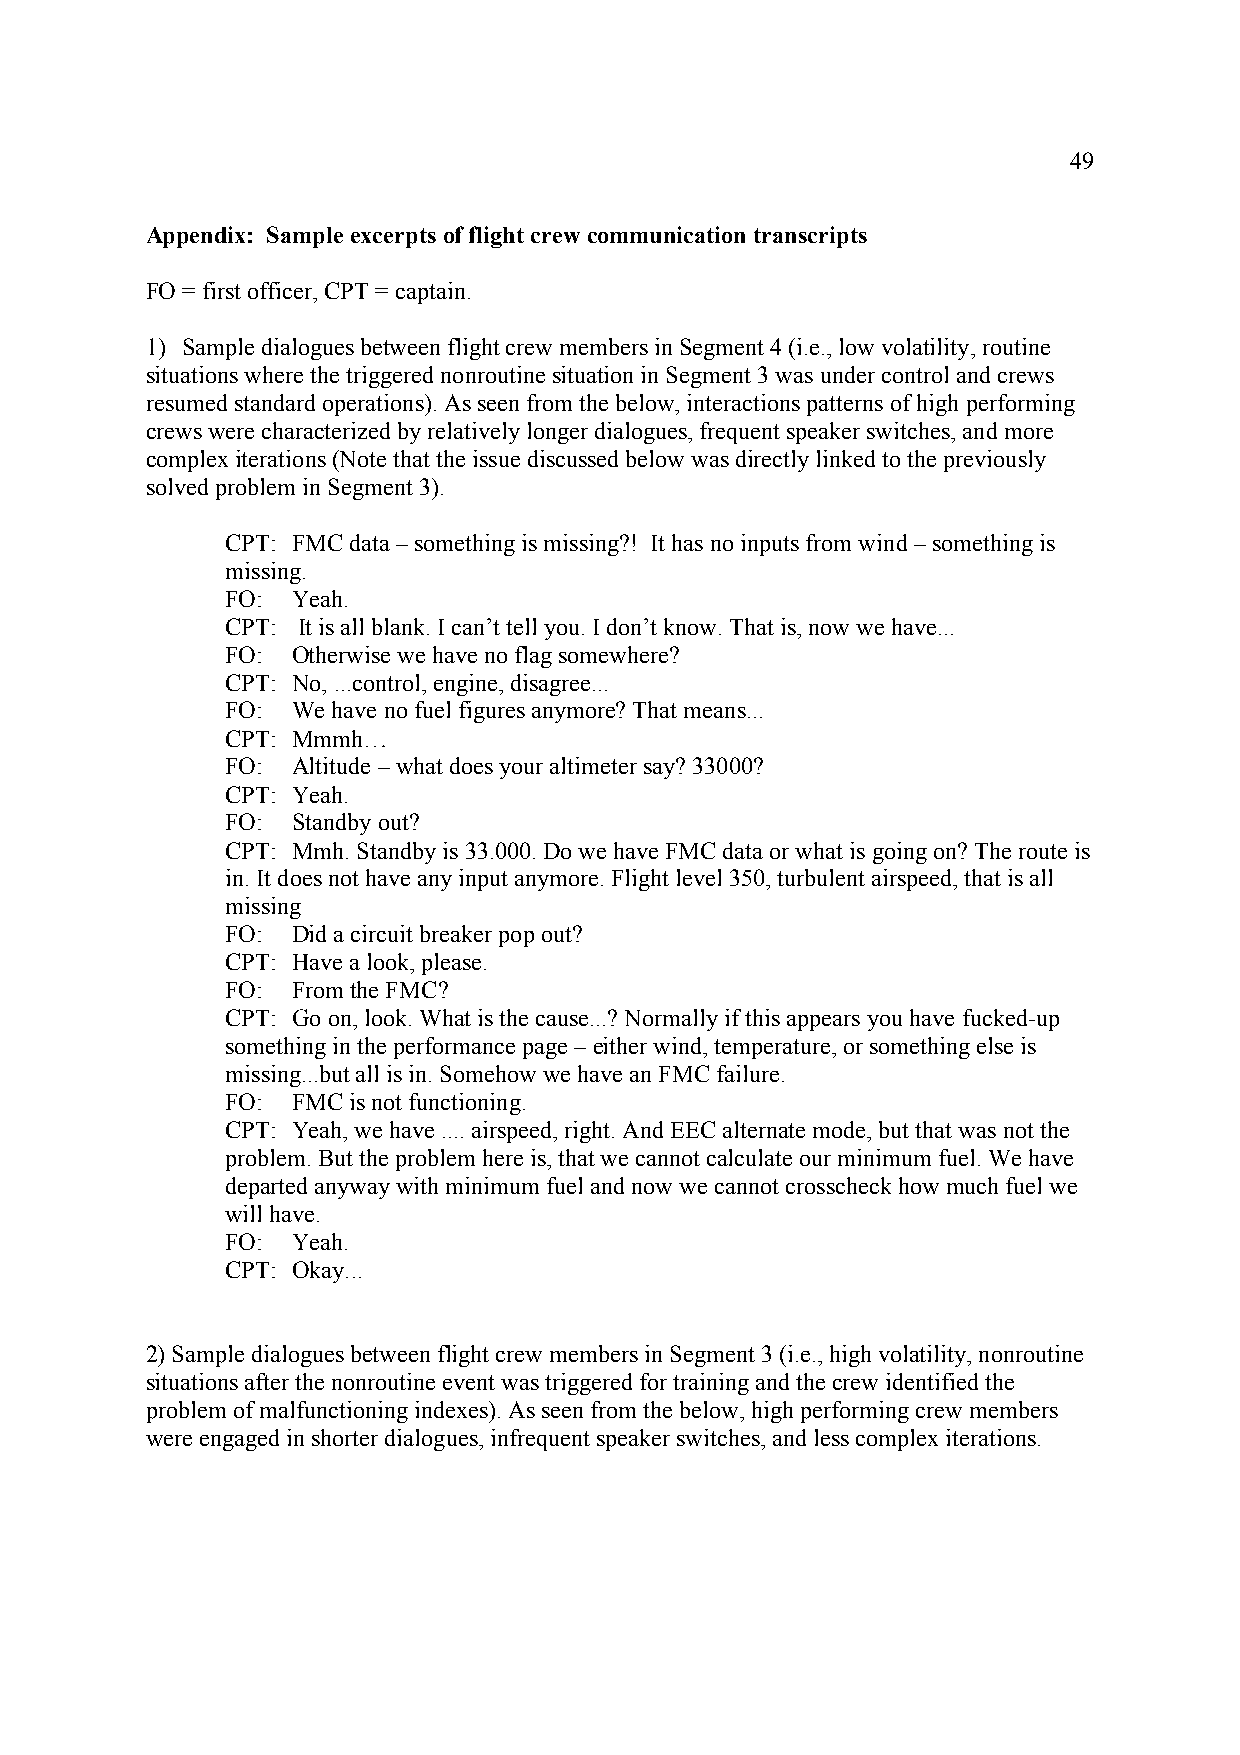
49
 Appendix: Sample excerpts of flight crew communication transcripts
 FO = first officer, CPT = captain.
 1) Sample dialogues between flight crew members in Segment 4 (i.e., low volatility, routine
 situations where the triggered nonroutine situation in Segment 3 was under control and crews
 resumed standard operations). As seen from the below, interactions patterns of high performing
 crews were characterized by relatively longer dialogues, frequent speaker switches, and more
 complex iterations (Note that the issue discussed below was directly linked to the previously
 solved problem in Segment 3).
 CPT: FMC data – something is missing?! It has no inputs from wind – something is
 missing.
 FO: Yeah.
 CPT: It is all blank. I can’t tell you. I don’t know. That is, now we have...
 FO: Otherwise we have no flag somewhere?
 CPT: No, ...control, engine, disagree...
 FO: We have no fuel figures anymore? That means...
 CPT: Mmmh…
 FO: Altitude – what does your altimeter say? 33000?
 CPT: Yeah.
 FO: Standby out?
 CPT: Mmh. Standby is 33.000. Do we have FMC data or what is going on? The route is
 in. It does not have any input anymore. Flight level 350, turbulent airspeed, that is all
 missing
 FO: Did a circuit breaker pop out?
 CPT: Have a look, please.
 FO: From the FMC?
 CPT: Go on, look. What is the cause...? Normally if this appears you have fucked-up
 something in the performance page – either wind, temperature, or something else is
 missing...but all is in. Somehow we have an FMC failure.
 FO: FMC is not functioning.
 CPT: Yeah, we have .... airspeed, right. And EEC alternate mode, but that was not the
 problem. But the problem here is, that we cannot calculate our minimum fuel. We have
 departed anyway with minimum fuel and now we cannot crosscheck how much fuel we
 will have.
 FO: Yeah.
 CPT: Okay...
 2) Sample dialogues between flight crew members in Segment 3 (i.e., high volatility, nonroutine
 situations after the nonroutine event was triggered for training and the crew identified the
 problem of malfunctioning indexes). As seen from the below, high performing crew members
 were engaged in shorter dialogues, infrequent speaker switches, and less complex iterations.